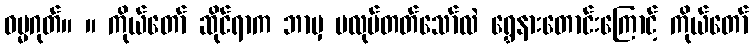
ဓမ္မဂုတ်။ ။ ကိုယ်တော် ဆိုင်ရာက ဘာမှ မလုပ်တတ်သော်လဲ ရွှေနားတောင်းကြောင့် ကိုယ်တော်